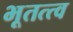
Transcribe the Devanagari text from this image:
भूतत्त्व